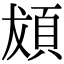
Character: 𩑱